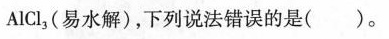
AlCl_{3}，(易水解)，下列说法错误的是()。